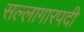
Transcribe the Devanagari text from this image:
सल्लागारपदी